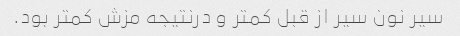
سیر نون سیر از قبل کمتر و درنتیجه مزش کمتر بود.